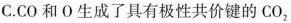
C. CO和O生成了具有极性共价键的CO_{2}